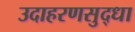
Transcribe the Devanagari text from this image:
उदाहरणसुद्धा